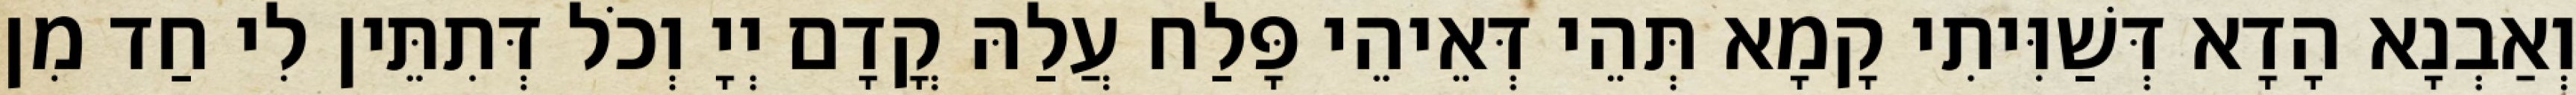
וְאַבְנָא הָדָא דְּשַׁוִּיתִי קָמָא תְּהֵי דְּאֵיהֵי פָּלַח עֲלַהּ קֳדָם יְיָ וְכֹל דְּתִתֵּין לִי חַד מִן